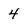
Character: 4